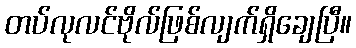
တပ်လုလင်ဗိုလ်ဖြစ်လျက်ရှိချေပြီ။